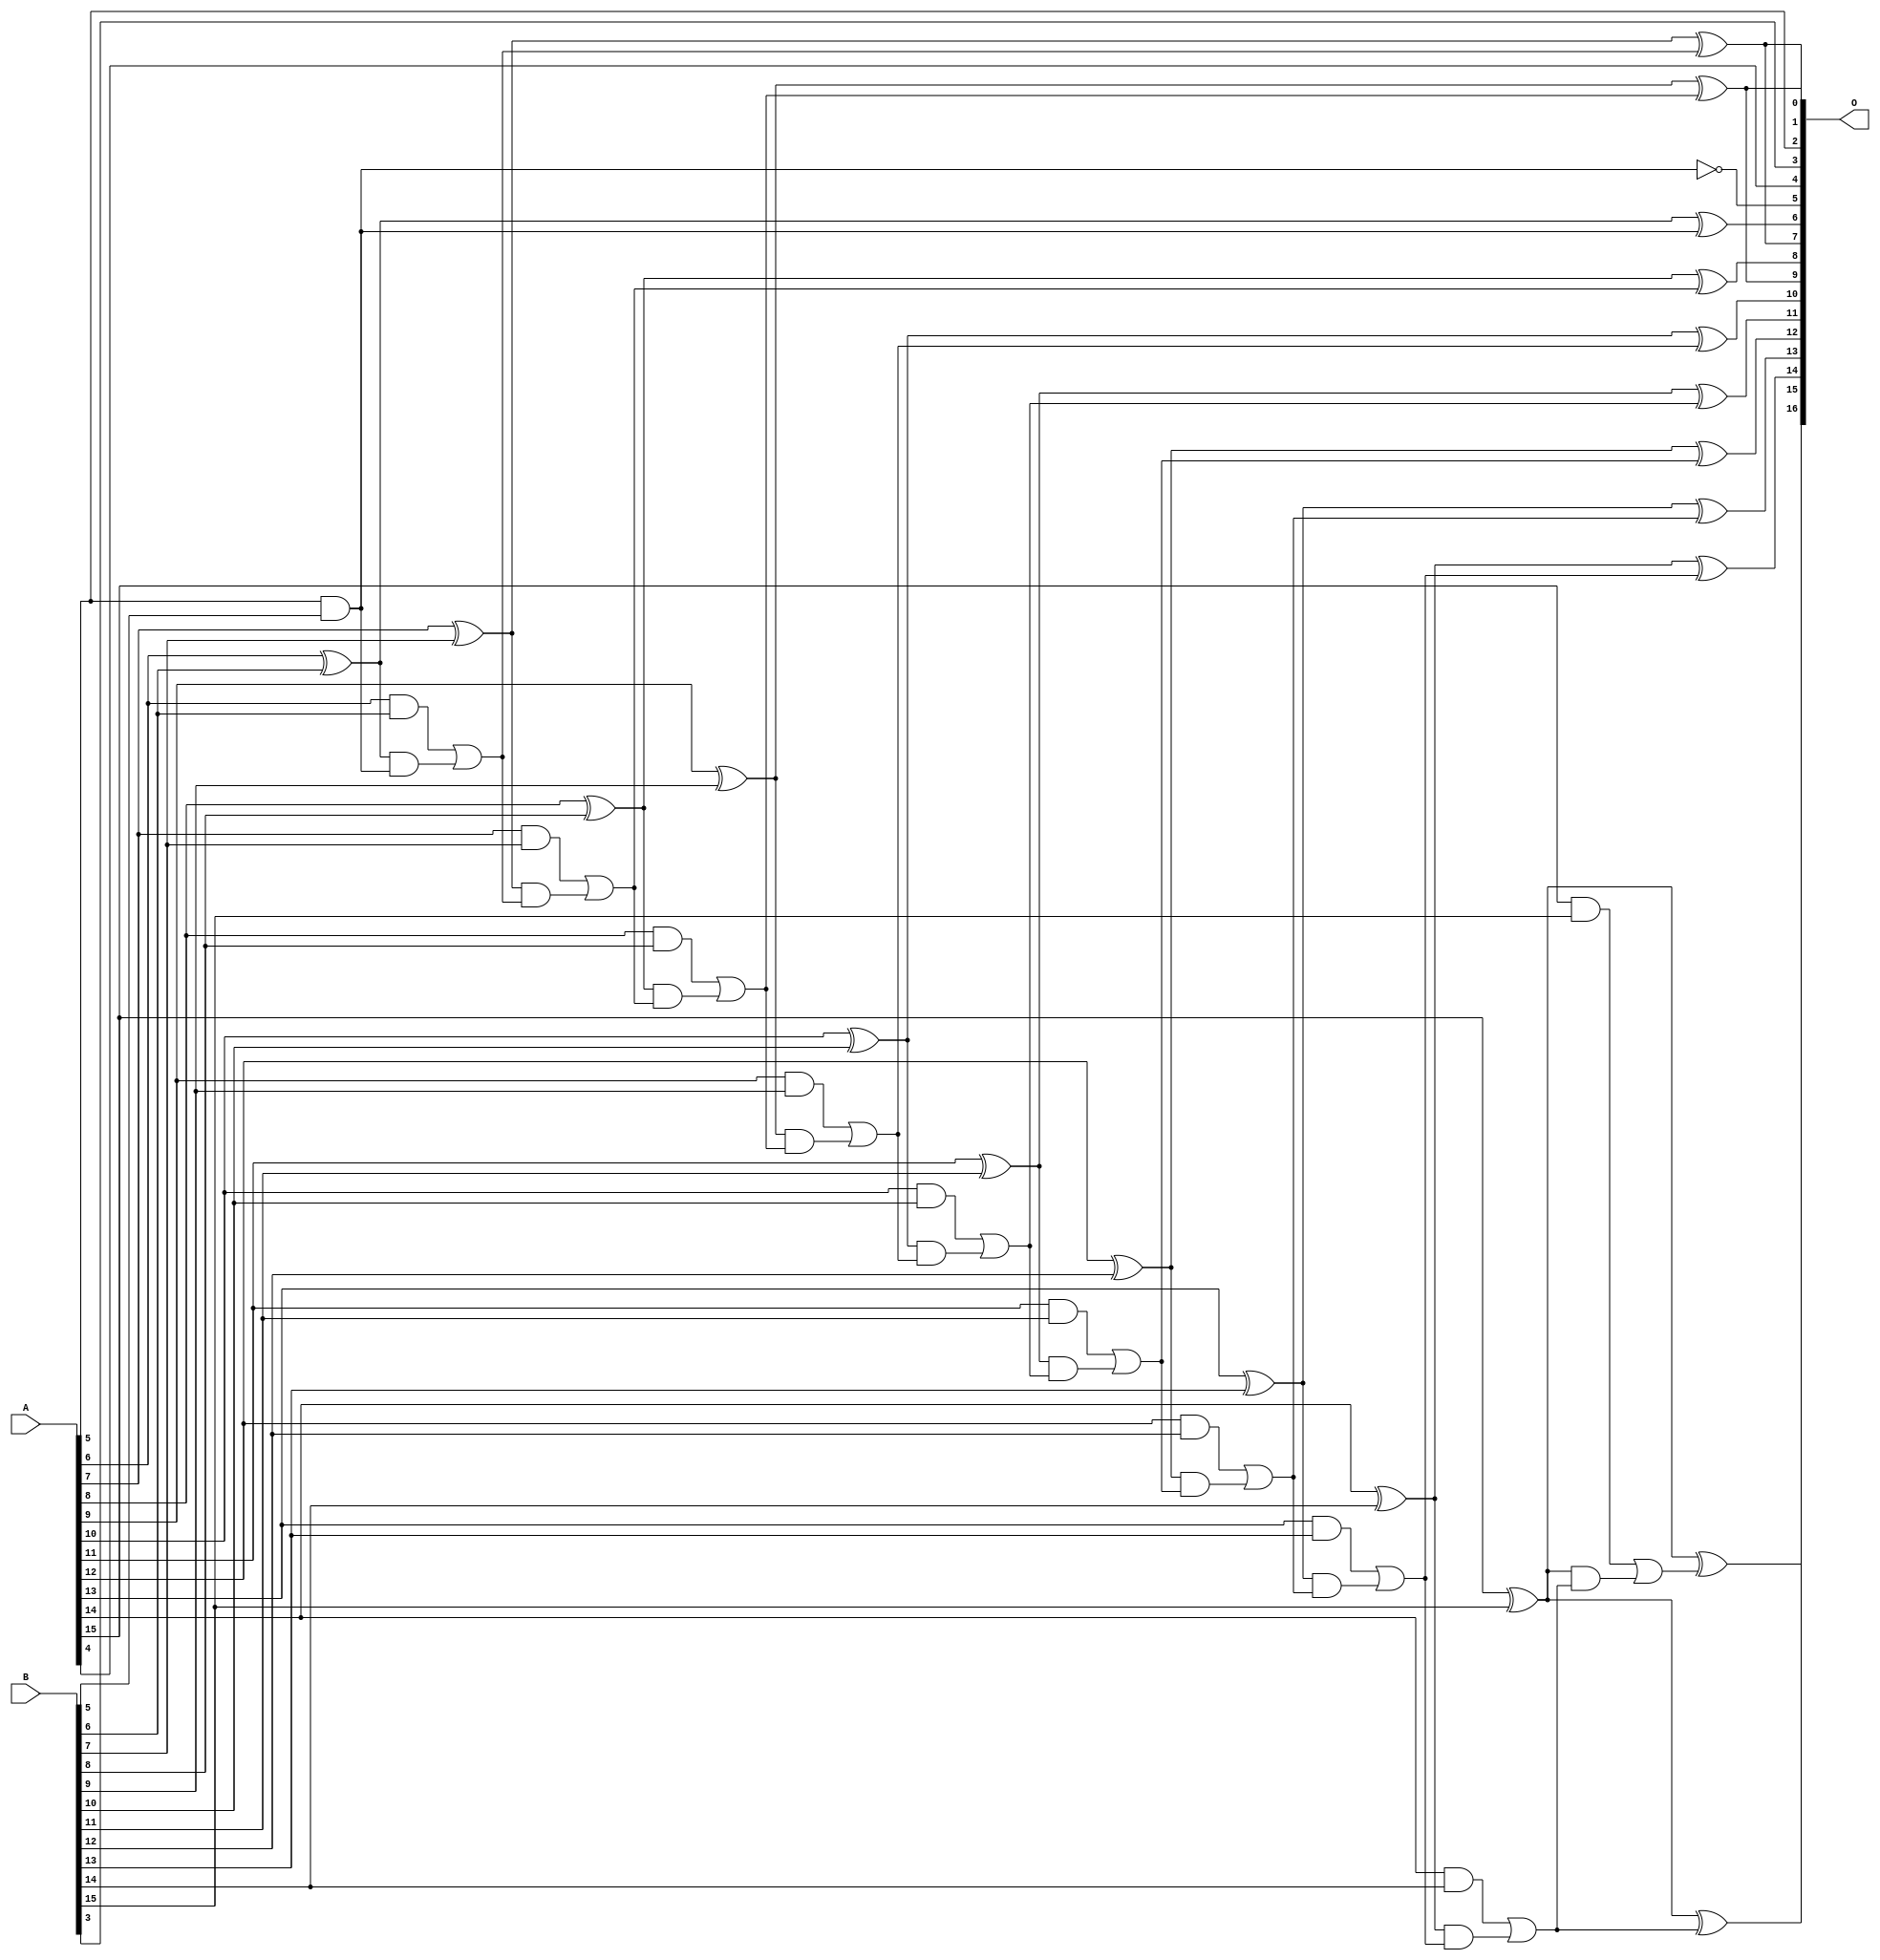
/***
* This code is a part of EvoApproxLib library (ehw.fit.vutbr.cz/approxlib) distributed under The MIT License.
* When used, please cite the following article(s): V. Mrazek, L. Sekanina, Z. Vasicek "Libraries of Approximate Circuits: Automated Design and Application in CNN Accelerators" IEEE Journal on Emerging and Selected Topics in Circuits and Systems, Vol 10, No 4, 2020 
* This file contains a circuit from a sub-set of pareto optimal circuits with respect to the pwr and wce parameters
***/
// MAE% = 0.023 %
// MAE = 15 
// WCE% = 0.058 %
// WCE = 38 
// WCRE% = 3100.00 %
// EP% = 97.95 %
// MRE% = 0.48 %
// MSE = 312 
// PDK45_PWR = 0.048 mW
// PDK45_AREA = 97.1 um2
// PDK45_DELAY = 0.87 ns

module add16se_32T (
    A,
    B,
    O
);

input [15:0] A;
input [15:0] B;
output [16:0] O;

wire sig_55,sig_57,sig_59,sig_60,sig_61,sig_62,sig_63,sig_64,sig_65,sig_66,sig_67,sig_68,sig_69,sig_70,sig_71,sig_72,sig_73,sig_74,sig_75,sig_76;
wire sig_77,sig_78,sig_79,sig_80,sig_81,sig_82,sig_83,sig_84,sig_85,sig_86,sig_87,sig_88,sig_89,sig_90,sig_91,sig_92,sig_93,sig_94,sig_95,sig_96;
wire sig_97,sig_98,sig_99,sig_100,sig_101,sig_102,sig_103,sig_104,sig_105,sig_106,sig_107,sig_108,sig_109,sig_110;

assign sig_55 = A[5] & B[5];
assign sig_57 = ~(A[5] & B[5]);
assign sig_59 = A[6] ^ B[6];
assign sig_60 = A[6] & B[6];
assign sig_61 = sig_59 & sig_55;
assign sig_62 = sig_59 ^ sig_55;
assign sig_63 = sig_60 | sig_61;
assign sig_64 = A[7] ^ B[7];
assign sig_65 = A[7] & B[7];
assign sig_66 = sig_64 & sig_63;
assign sig_67 = sig_64 ^ sig_63;
assign sig_68 = sig_65 | sig_66;
assign sig_69 = A[8] ^ B[8];
assign sig_70 = A[8] & B[8];
assign sig_71 = sig_69 & sig_68;
assign sig_72 = sig_69 ^ sig_68;
assign sig_73 = sig_70 | sig_71;
assign sig_74 = A[9] ^ B[9];
assign sig_75 = A[9] & B[9];
assign sig_76 = sig_74 & sig_73;
assign sig_77 = sig_74 ^ sig_73;
assign sig_78 = sig_75 | sig_76;
assign sig_79 = A[10] ^ B[10];
assign sig_80 = A[10] & B[10];
assign sig_81 = sig_79 & sig_78;
assign sig_82 = sig_79 ^ sig_78;
assign sig_83 = sig_80 | sig_81;
assign sig_84 = A[11] ^ B[11];
assign sig_85 = A[11] & B[11];
assign sig_86 = sig_84 & sig_83;
assign sig_87 = sig_84 ^ sig_83;
assign sig_88 = sig_85 | sig_86;
assign sig_89 = A[12] ^ B[12];
assign sig_90 = A[12] & B[12];
assign sig_91 = sig_89 & sig_88;
assign sig_92 = sig_89 ^ sig_88;
assign sig_93 = sig_90 | sig_91;
assign sig_94 = A[13] ^ B[13];
assign sig_95 = A[13] & B[13];
assign sig_96 = sig_94 & sig_93;
assign sig_97 = sig_94 ^ sig_93;
assign sig_98 = sig_95 | sig_96;
assign sig_99 = A[14] ^ B[14];
assign sig_100 = A[14] & B[14];
assign sig_101 = sig_99 & sig_98;
assign sig_102 = sig_99 ^ sig_98;
assign sig_103 = sig_100 | sig_101;
assign sig_104 = A[15] ^ B[15];
assign sig_105 = A[15] & B[15];
assign sig_106 = sig_104 & sig_103;
assign sig_107 = sig_104 ^ sig_103;
assign sig_108 = sig_105 | sig_106;
assign sig_109 = A[15] ^ B[15];
assign sig_110 = sig_109 ^ sig_108;

assign O[16] = sig_110;
assign O[15] = sig_107;
assign O[14] = sig_102;
assign O[13] = sig_97;
assign O[12] = sig_92;
assign O[11] = sig_87;
assign O[10] = sig_82;
assign O[9] = sig_77;
assign O[8] = sig_72;
assign O[7] = sig_67;
assign O[6] = sig_62;
assign O[5] = sig_57;
assign O[4] = A[4];
assign O[3] = B[3];
assign O[2] = A[5];
assign O[1] = sig_67;
assign O[0] = sig_77;

endmodule